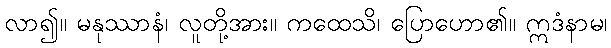
လာ၍။ မနုဿာနံ၊ လူတို့အား။ ကထေသိ၊ ပြောဟော၏။ ဣဒံနာမ၊